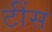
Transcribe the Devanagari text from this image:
टींस